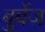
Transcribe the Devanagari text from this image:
बुर्बेज